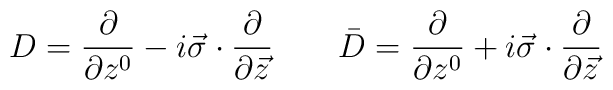
D= \frac{\partial}{\partial z^{0}}-i \vec{\sigma} \cdot\frac{\partial}{\partial \vec{z}}~~~~~~\bar{D}= \frac{\partial}{\partial z^{0}}+i \vec{\sigma} \cdot \frac{\partial}{\partial \vec{z}}